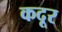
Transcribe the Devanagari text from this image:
कदूर